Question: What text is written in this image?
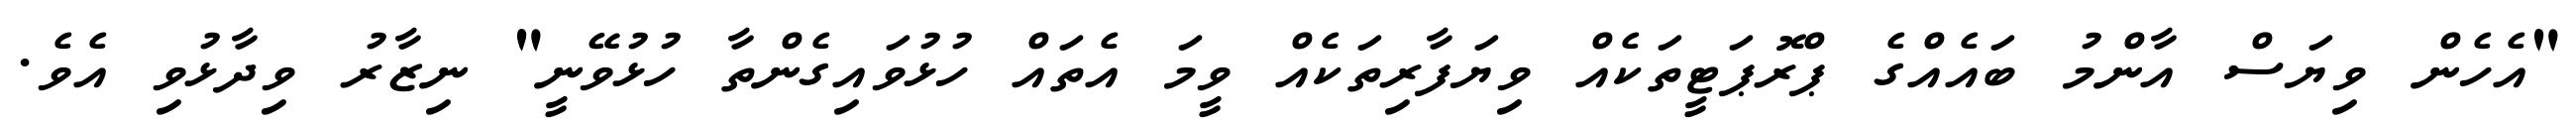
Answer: "އެހެން ވިޔަސް އާންމު ބައެއްގެ ޕްރޮޕަޓީތަކެއް ވިޔަފާރިތަކެއް ވީމަ އެތައް ހުޅުވައިގެންތާ ހުޅުވޭނީ" ނިޒާރު ވިދާޅުވި އެވެ.